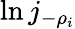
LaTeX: \ln j_{-\rho_{i}}